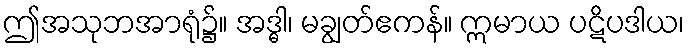
ဤအသုဘအာရုံ၌။ အဒ္ဓါ၊ မချွတ်ဧကန်။ ဣမာယ ပဋိပဒါယ၊